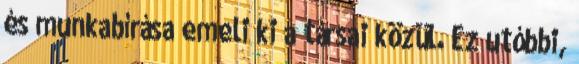
és munkabírása emeli ki a társai közül. Ez utóbbi,